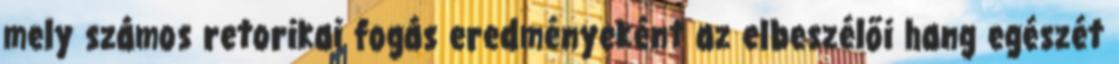
mely számos retorikai fogás eredményeként az elbeszélői hang egészét